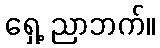
ရှေ့ ညာဘက်။